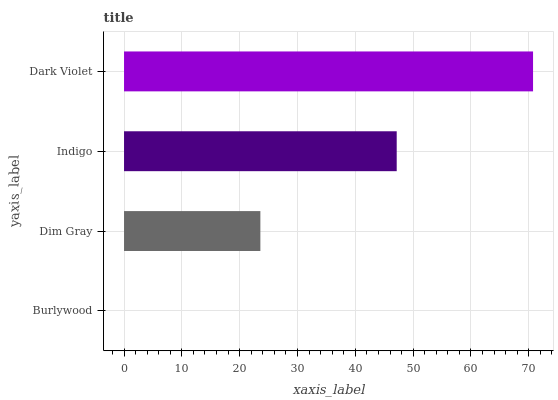
| yaxis_label | bars |
 | --- | --- |
 | Burlywood | 0 |
 | Dim Gray | 23.6 |
 | Indigo | 47.2 |
 | Dark Violet | 70.7 |